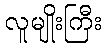
လူမျိုးကြီး